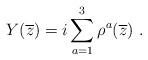
LaTeX: \begin{align*}Y (\overline{z}) = i \sum_{a=1}^{3} \rho^{a}(\overline{z})~.\end{align*}